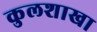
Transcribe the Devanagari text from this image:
कुलशाखा